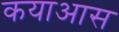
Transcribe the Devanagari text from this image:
कयाआस